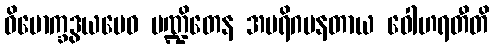
ဝိမောက္ခဒွယမေဝ ပဏ္ဍိတေန အပရိဂမနတာယ ဝေါဟရတီတိ